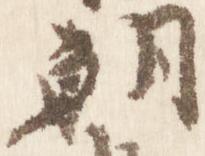
朝